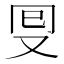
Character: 𠬸